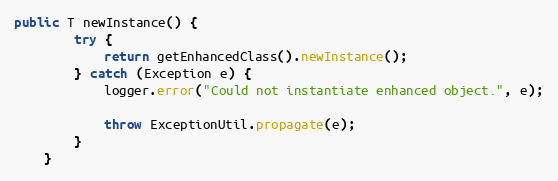
Language: Java
public T newInstance() {
        try {
            return getEnhancedClass().newInstance();
        } catch (Exception e) {
            logger.error("Could not instantiate enhanced object.", e);

            throw ExceptionUtil.propagate(e);
        }
    }